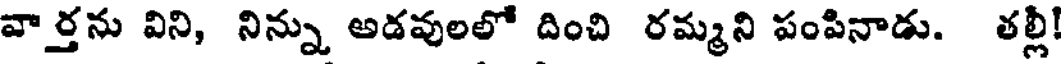
వార్తను విని, నిన్ను అడవులలో దించి రమ్మని పంపినాడు. తల్లీ!